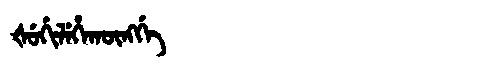
Manchu: ᡧᡠᡤᡳᠯᡝᡥᠠᡴᡡᠩᡤᡝ
Romanization: ŠUGILEHAKŪNGGE